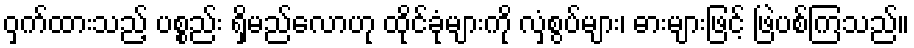
ဝှက်ထားသည့် ပစ္စည်း ရှိမည်လောဟု ထိုင်ခုံများကို လှံစွပ်များ၊ ဓားများဖြင့် ဖြဲပစ်ကြသည်။